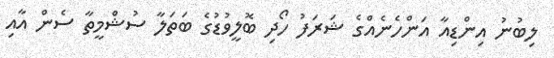
ލިބުނު އިންޑިއާ އަންހެނެއްގެ ޝަރަފު ހޯދި ބޮލީވުޑުގެ ބަތަލާ ސުޝްމީތާ ސެން އާއި